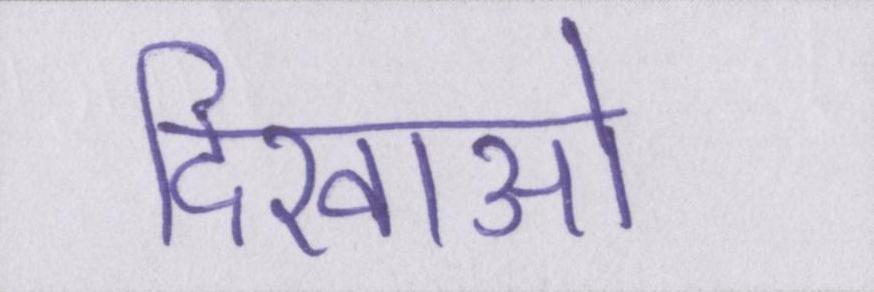
दिखाओ